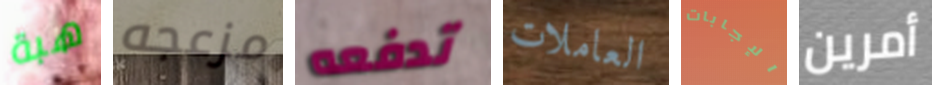
هبة مزعجه تدفعه العاملات الإجابات أمرين